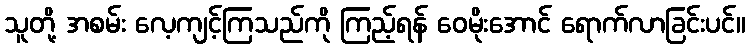
သူတို့ အစမ်း လေ့ကျင့်ကြသည်ကို ကြည့်ရန် ဝေမိုးအောင် ရောက်လာခြင်းပင်။